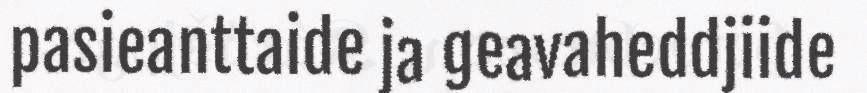
pasieanttaide ja geavaheddjiide